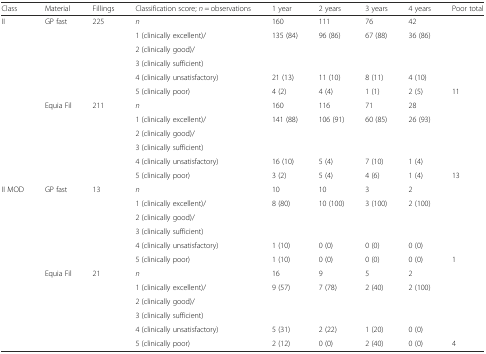
<table><thead><tr><td><b>Class</b></td><td><b>Material</b></td><td><b>Fillings</b></td><td><b>Classification score; <i>n</i> = observations</b></td><td><b>1 year</b></td><td><b>2 years</b></td><td><b>3 years</b></td><td><b>4 years</b></td><td><b>Poor total</b></td></tr></thead><tbody><tr><td>II</td><td>GP fast</td><td>225</td><td><i>n</i></td><td>160</td><td>111</td><td>76</td><td>42</td><td></td></tr><tr><td rowspan="3"></td><td rowspan="3"></td><td rowspan="3"></td><td>1 (clinically excellent)/</td><td rowspan="3">135 (84)</td><td rowspan="3">96 (86)</td><td rowspan="3">67 (88)</td><td rowspan="3">36 (86)</td><td rowspan="3"></td></tr><tr><td>2 (clinically good)/</td></tr><tr><td>3 (clinically sufficient)</td></tr><tr><td></td><td></td><td></td><td>4 (clinically unsatisfactory)</td><td>21 (13)</td><td>11 (10)</td><td>8 (11)</td><td>4 (10)</td><td></td></tr><tr><td></td><td></td><td></td><td>5 (clinically poor)</td><td>4 (2)</td><td>4 (4)</td><td>1 (1)</td><td>2 (5)</td><td>11</td></tr><tr><td></td><td>Equia Fil</td><td>211</td><td><i>n</i></td><td>160</td><td>116</td><td>71</td><td>28</td><td></td></tr><tr><td rowspan="3"></td><td rowspan="3"></td><td rowspan="3"></td><td>1 (clinically excellent)/</td><td rowspan="3">141 (88)</td><td rowspan="3">106 (91)</td><td rowspan="3">60 (85)</td><td rowspan="3">26 (93)</td><td rowspan="3"></td></tr><tr><td>2 (clinically good)/</td></tr><tr><td>3 (clinically sufficient)</td></tr><tr><td></td><td></td><td></td><td>4 (clinically unsatisfactory)</td><td>16 (10)</td><td>5 (4)</td><td>7 (10)</td><td>1 (4)</td><td></td></tr><tr><td></td><td></td><td></td><td>5 (clinically poor)</td><td>3 (2)</td><td>5 (4)</td><td>4 (6)</td><td>1 (4)</td><td>13</td></tr><tr><td>II MOD</td><td>GP fast</td><td>13</td><td><i>n</i></td><td>10</td><td>10</td><td>3</td><td>2</td><td></td></tr><tr><td rowspan="3"></td><td rowspan="3"></td><td rowspan="3"></td><td>1 (clinically excellent)/</td><td rowspan="3">8 (80)</td><td rowspan="3">10 (100)</td><td rowspan="3">3 (100)</td><td rowspan="3">2 (100)</td><td rowspan="3"></td></tr><tr><td>2 (clinically good)/</td></tr><tr><td>3 (clinically sufficient)</td></tr><tr><td></td><td></td><td></td><td>4 (clinically unsatisfactory)</td><td>1 (10)</td><td>0 (0)</td><td>0 (0)</td><td>0 (0)</td><td></td></tr><tr><td></td><td></td><td></td><td>5 (clinically poor)</td><td>1 (10)</td><td>0 (0)</td><td>0 (0)</td><td>0 (0)</td><td>1</td></tr><tr><td></td><td>Equia Fil</td><td>21</td><td><i>n</i></td><td>16</td><td>9</td><td>5</td><td>2</td><td></td></tr><tr><td rowspan="3"></td><td rowspan="3"></td><td rowspan="3"></td><td>1 (clinically excellent)/</td><td rowspan="3">9 (57)</td><td rowspan="3">7 (78)</td><td rowspan="3">2 (40)</td><td rowspan="3">2 (100)</td><td rowspan="3"></td></tr><tr><td>2 (clinically good)/</td></tr><tr><td>3 (clinically sufficient)</td></tr><tr><td></td><td></td><td></td><td>4 (clinically unsatisfactory)</td><td>5 (31)</td><td>2 (22)</td><td>1 (20)</td><td>0 (0)</td><td></td></tr><tr><td></td><td></td><td></td><td>5 (clinically poor)</td><td>2 (12)</td><td>0 (0)</td><td>2 (40)</td><td>0 (0)</td><td>4</td></tr></tbody></table>